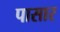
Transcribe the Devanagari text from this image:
पासार